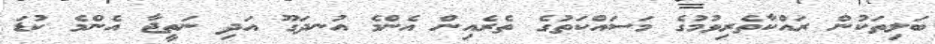
ބަލިތަކުން ރައްކާތެރިވުމުގެ މަސައްކަތުގެ ތެރެއިން އެންމެ އުނދަގޫ އަދި ނަތީޖާ އެންމެ ކުޑަ